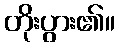
တိုးပွား၏။